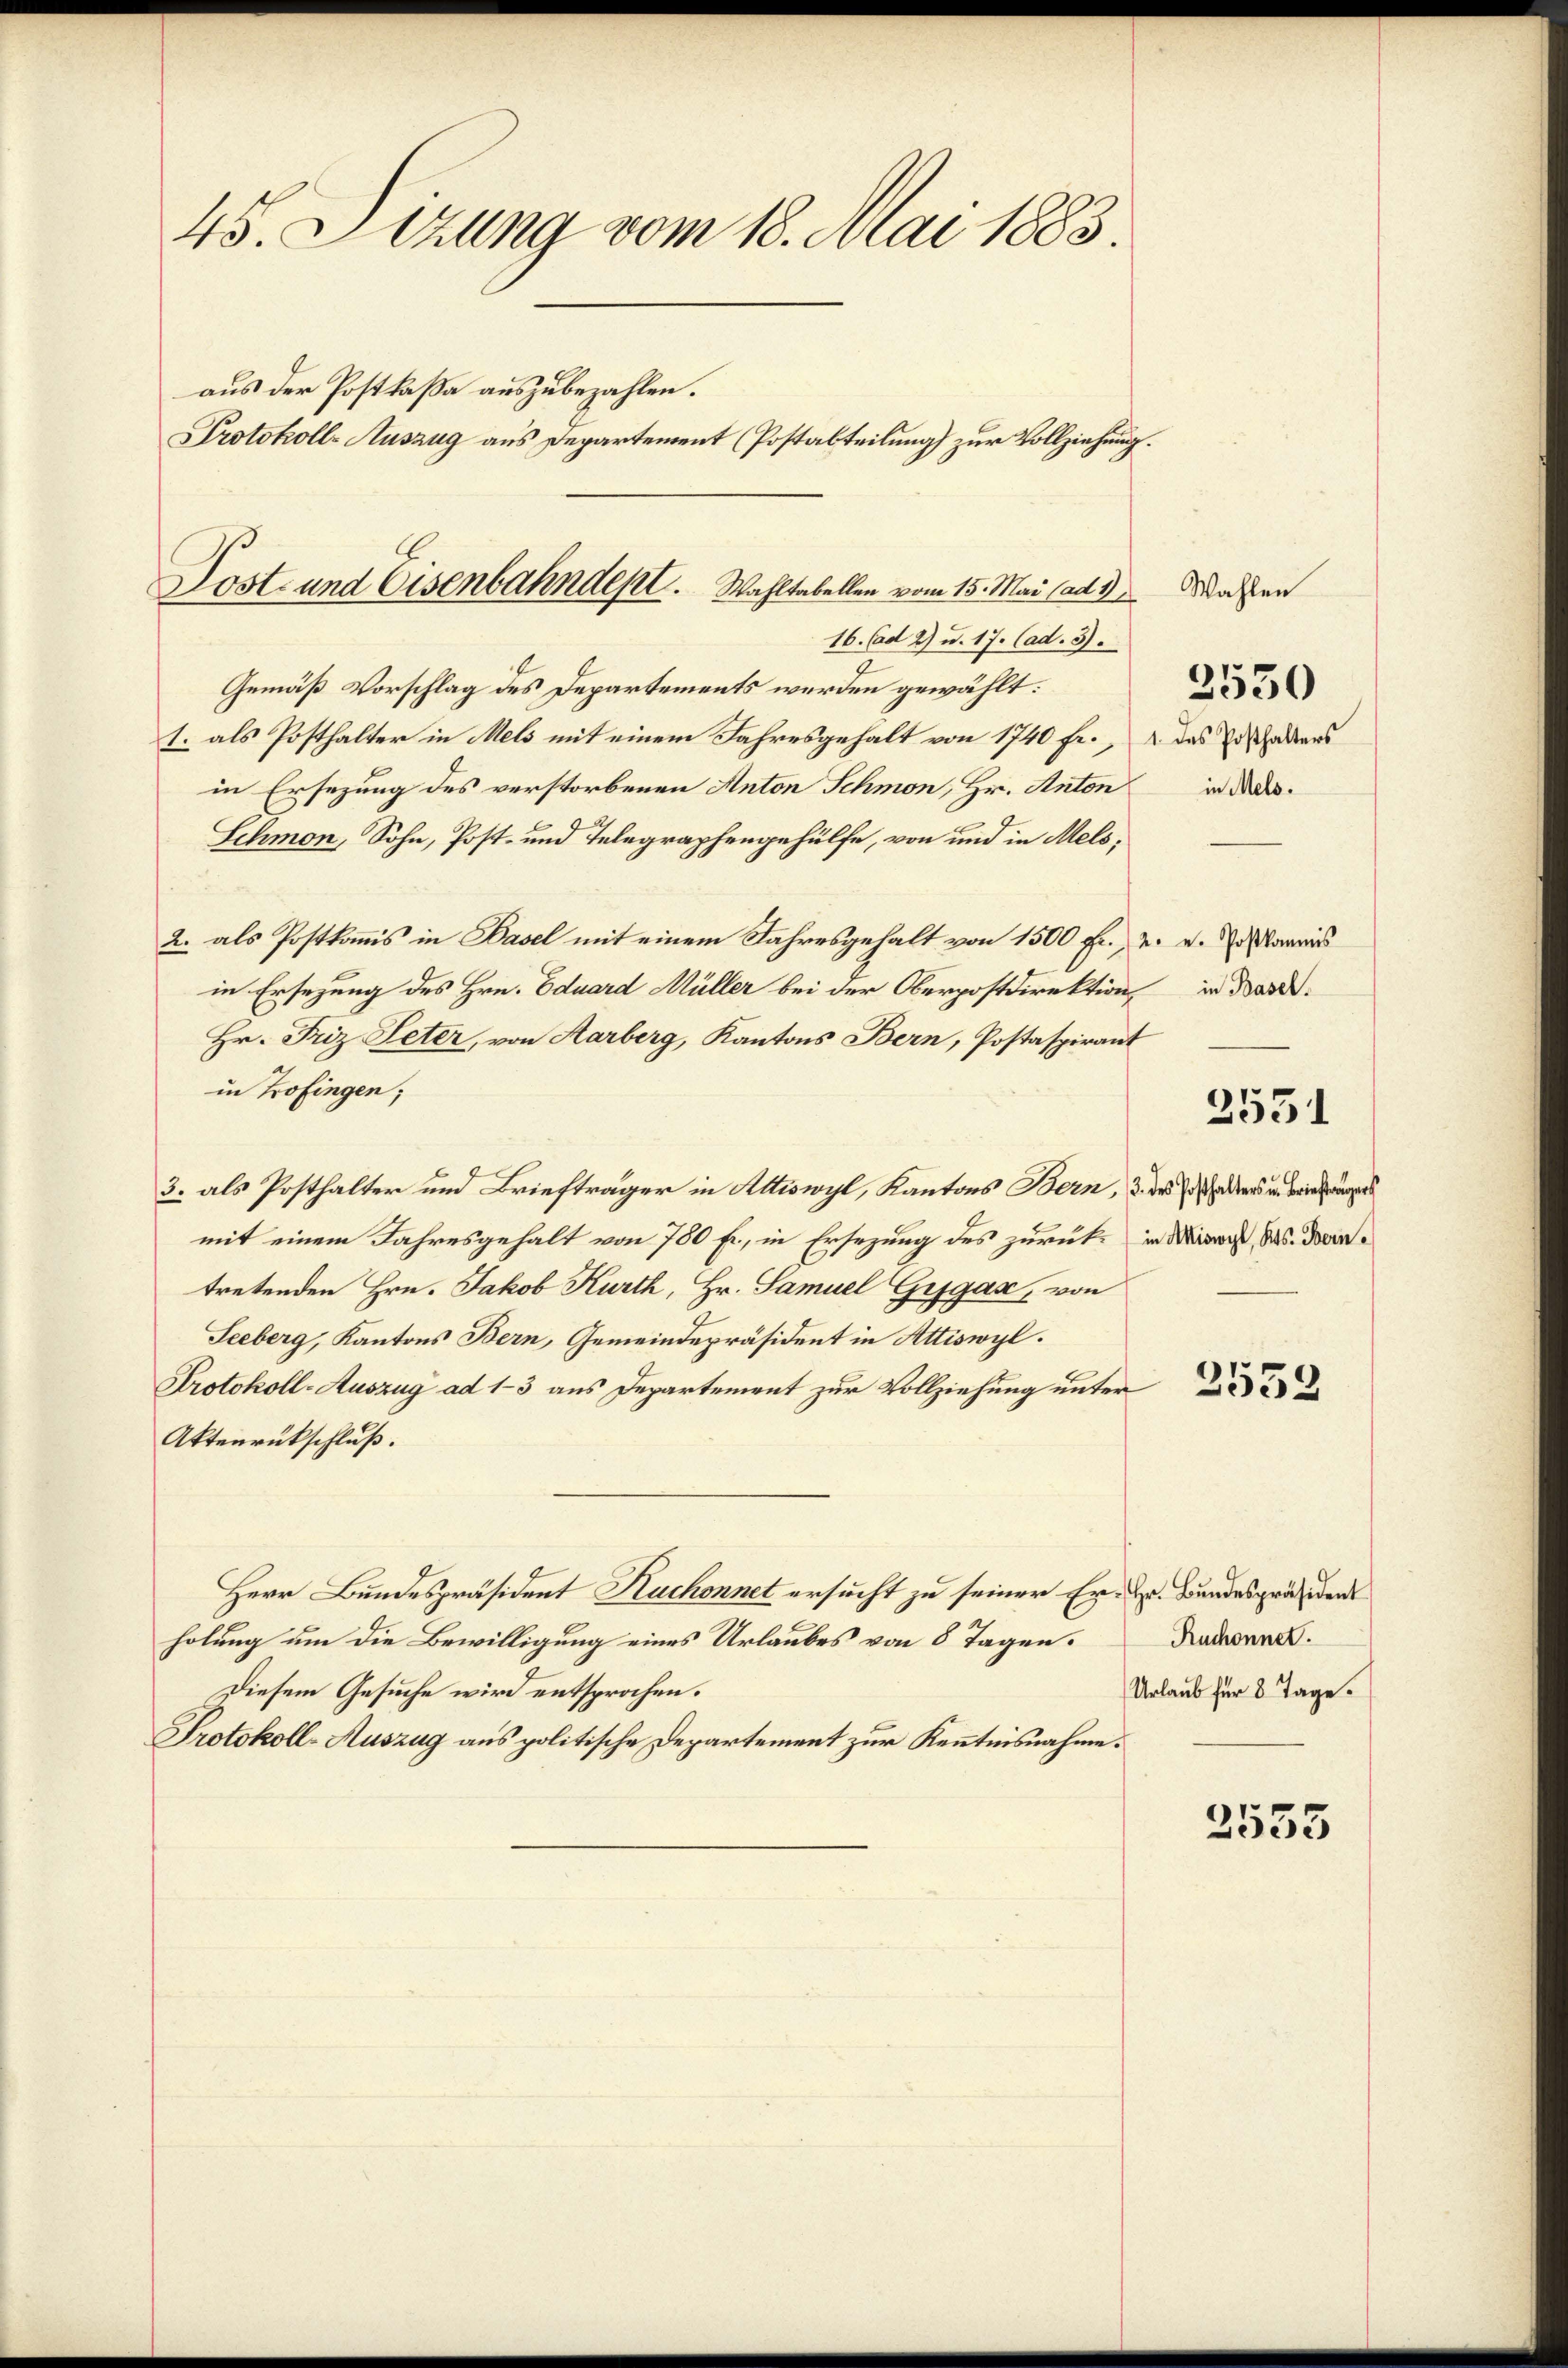
45. Sizung vom 18. Mai 1883.
aus der Postkaßa auszubezahlen.
Protokoll-Auszug aus Departement (Postabteilung) zur Vollziehung.

Gemäß Vorschlag des Departements werden gewählt:
1. als Posthalter in Mels mit einem Jahresgehalt von 1740 fr., & das Erschadens
in Ersezung des verstorbenen Anton Schmon, Hr. Anton
Schmon, Sohn, Post- und Telegraphengehülfe, von und in Mels,
2. als Postkommis in Basel mit einem Jahresgehalt von 1500 Fr., u. v. Posamriss
in Ersezung des Hrn. Eduard Müller bei der Oberpostdirektion, in dar¬
Hr. Friz Peter, von Aarberg, Kantons Bern, Postaspirant
in Zofingen;
3. als Posthalter und Briefträger in Attiswyl, Kantons Bern, 3 des oder und die
mit einem Jahresgehalt von 780 fr., in Ersezung des zurücke in Minach, das. Derntretenden Hrn. Jakob Kurth, Hr. Samuel Grfgas, von
Seeberg, Kantons Bern, Gemeindepräsident in Attiswyl.
Protokoll-Auszug ad 13 aus Departement zur Vollziehung unter
Aktenrückschluß.
Herr Bundespräsident Kuchonnet ersucht zu seiner Er- Dr. Bundespräsident
holung um die Bewilligung eines Urlaubes von 8 Tagen.
Diesem Gesuche wird entsprochen.
Protokoll-Auszug aus politische Departement zur Kenntnisnahme.

Lost- und Eisenbahndept. Wahltabellen vom 15. Mai (ad 3
16. (ad 2) u. 17. (ad. 5.

Wahlen
3530
in Mels.

3551

2553

Ruchonnet.
Urlaub für 8 Tage.

2553